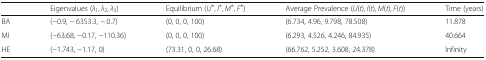
|  | Eigenvalues (λ1, λ2, λ3) | Equilibrium (U∗, I∗, M∗, F∗) | Average Prevalence (U(t), I(t), M(t), F(t)) | Time (years) |
 | --- | --- | --- | --- | --- |
 | BA | (−0.9, − 6353.3, − 0.7) | (0, 0, 0, 100) | (6.734, 4.96, 9.798, 78.508) | 11.878 |
 | MI | (−63.68, −0.17, −110.36) | (0, 0, 0, 100) | (6.293, 4.526, 4.246, 84.935) | 40.664 |
 | HE | (−1.743, −1.17, 0) | (73.31, 0, 0, 26.68) | (66.762, 5.252, 3.608, 24.378) | Infinity |